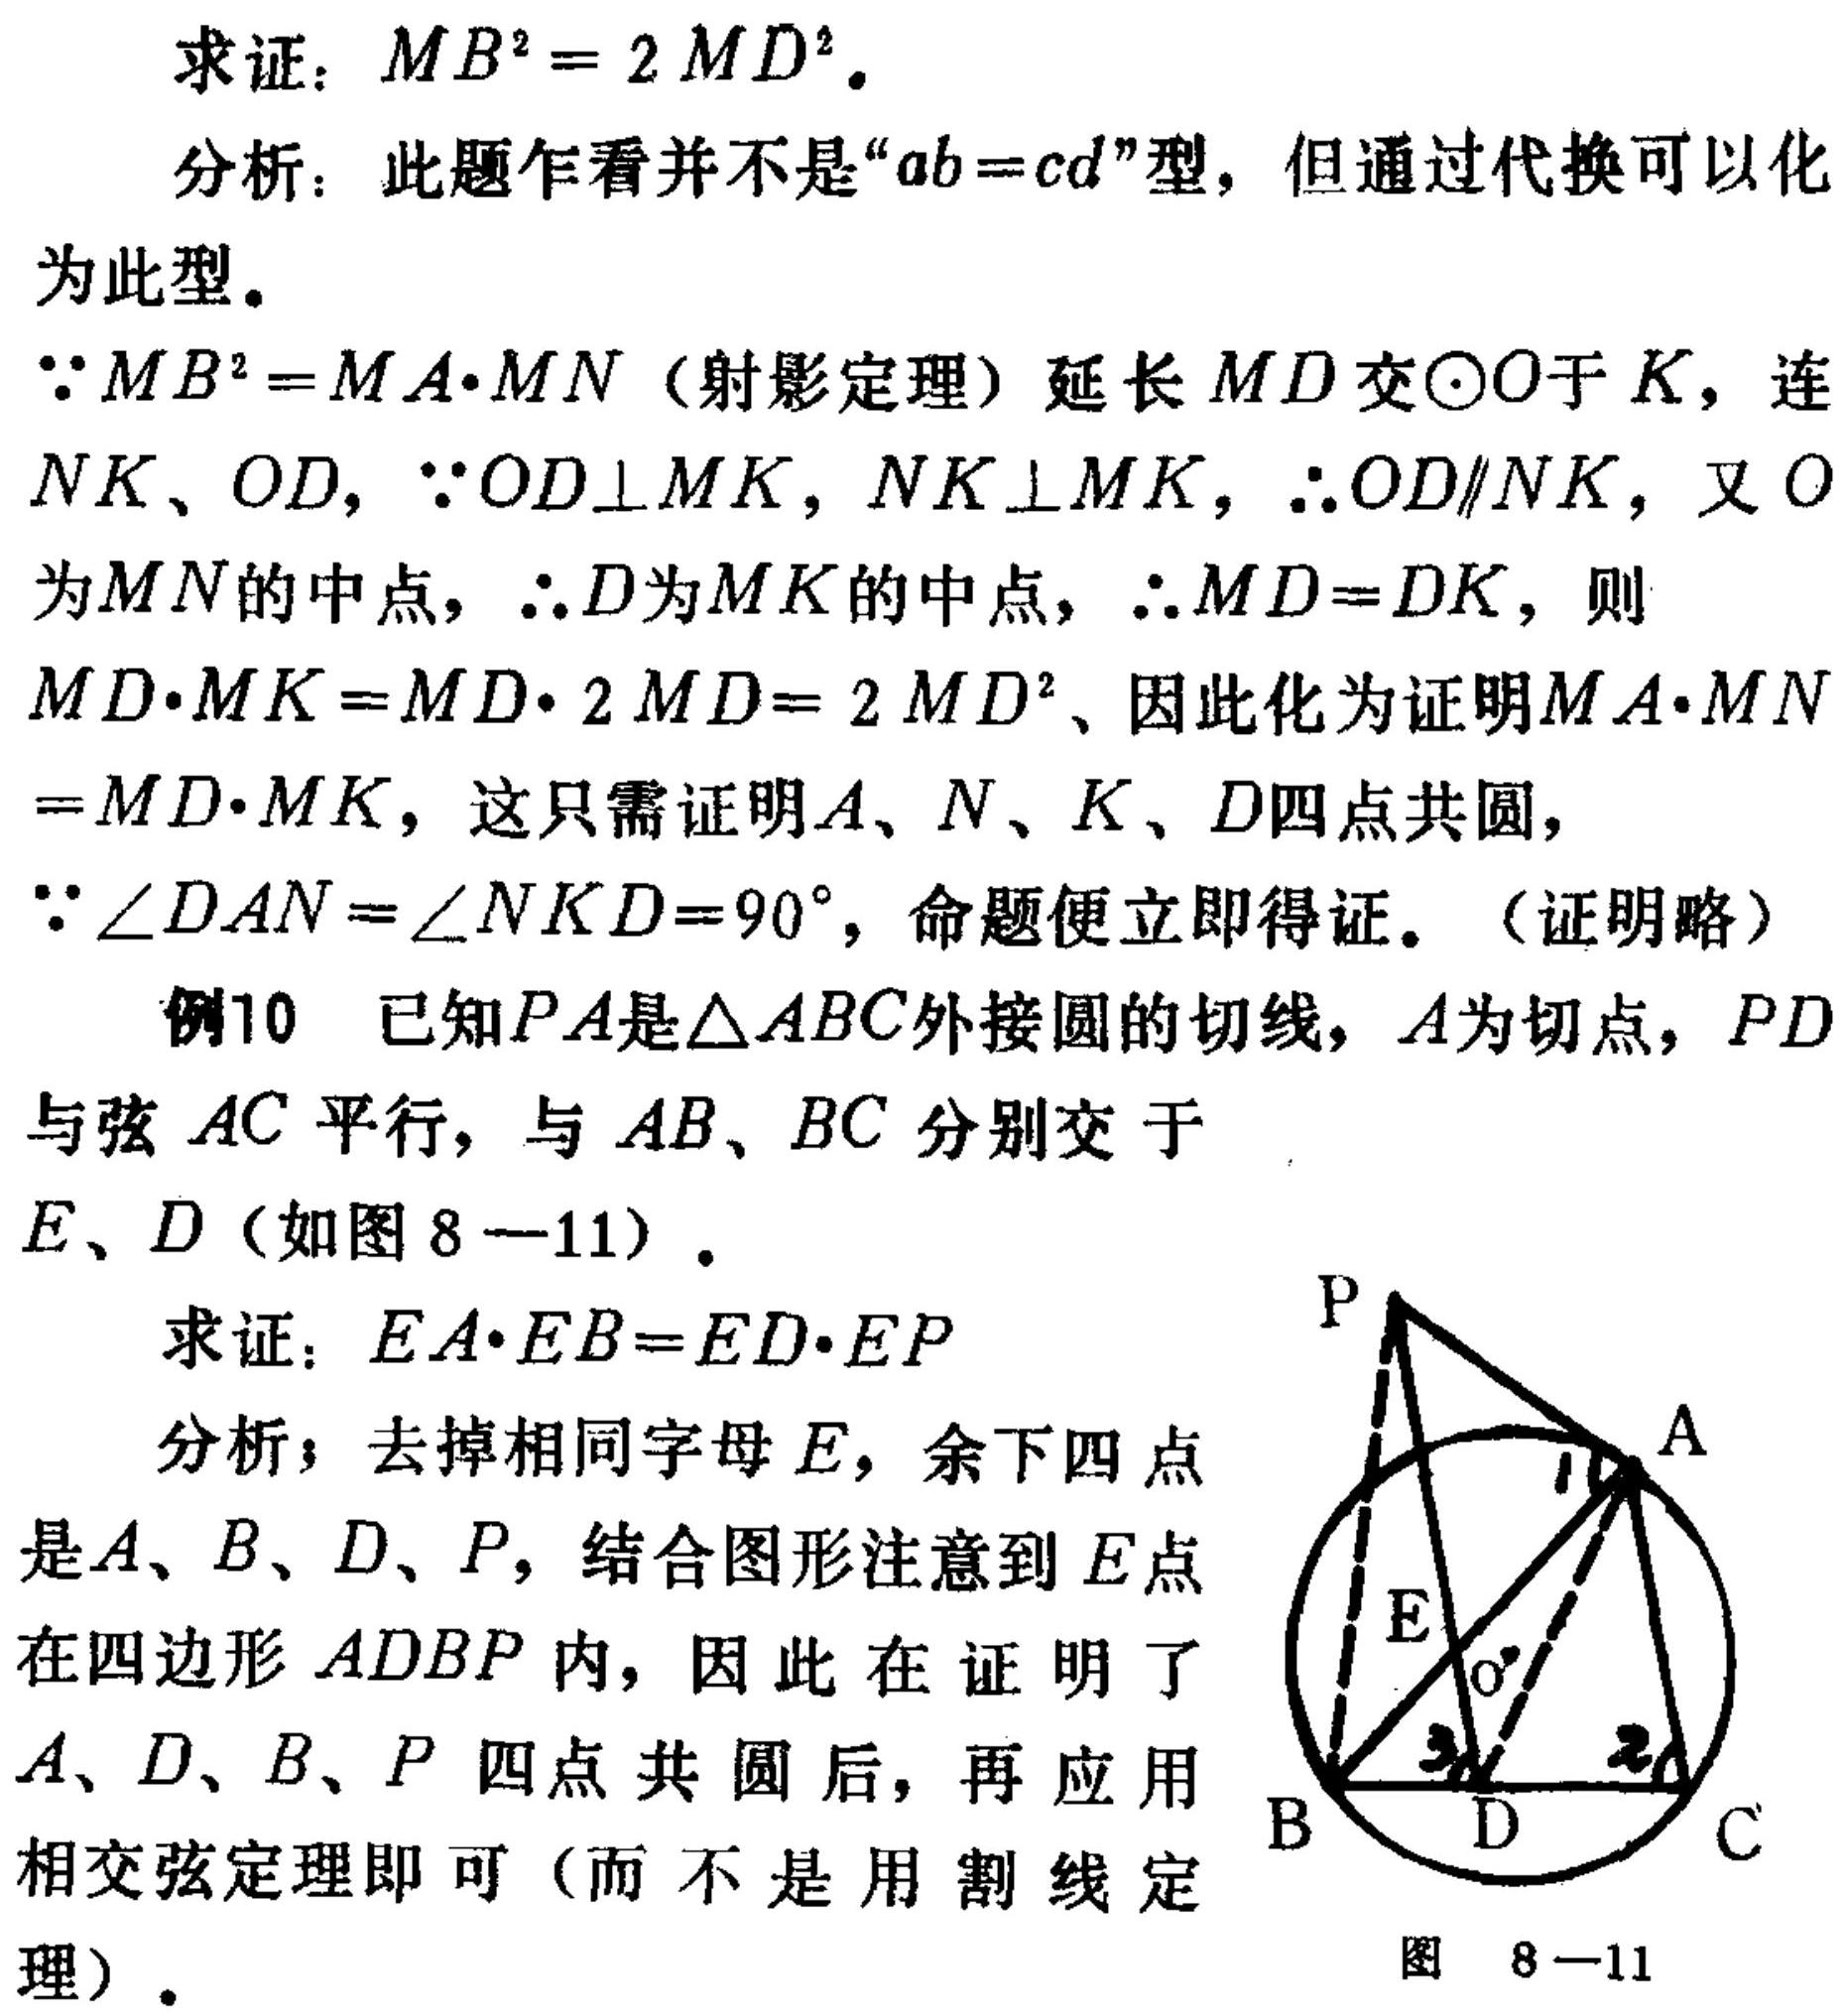
求证：\(MB^{2}=2MD^{2}\)。
分析：此题乍看并不是“\(ab = cd\)”型，但通过代换可以化为此型。
\(\because MB^{2}=MA\cdot MN\)（射影定理）延长 \(MD\) 交\(\odot O\)于 \(K\)，连 \(NK、OD\)，\(\because OD\perp MK\)，\(NK\perp MK\)，\(\therefore OD\parallel NK\)，又 \(O\) 为 \(MN\)的中点，\(\therefore D\)为 \(MK\)的中点，\(\therefore MD = DK\)，则 \(MD\cdot MK=MD\cdot 2MD = 2MD^{2}\)、因此化为证明 \(MA\cdot MN=MD\cdot MK\)，这只需证明 \(A、N、K、D\)四点共圆，\(\because\angle DAN=\angle NKD = 90^{\circ}\)，命题便立即得证。（证明略）
例10 已知 \(PA\)是\(\triangle ABC\)外接圆的切线，\(A\)为切点，\(PD\)与弦 \(AC\)平行，与 \(AB、BC\) 分别交于 \(E、D\)（如图 \(8 - 11\)）。
求证：\(EA\cdot EB=ED\cdot EP\)
分析；去掉相同字母 \(E\)，余下四点是 \(A、B、D、P\)，结合图形注意到 \(E\)点在四边形 \(ADBP\)内，因此在证明了 \(A、D、B、P\) 四点共圆后，再应用相交弦定理即可（而不是用割线定理）。